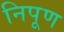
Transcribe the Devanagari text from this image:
निपूण